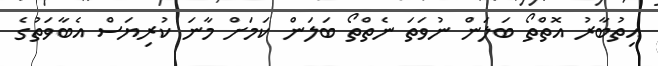
އިތުބާރު އޮތްތޯ ބަލަން ނުވަތަ ނެތްތޯ ބަލަން ކަމަށް މާނަ ކުރިޔަސް އެބާވަތުގެ